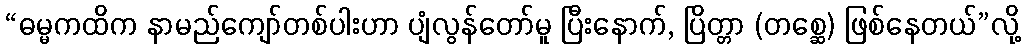
“ဓမ္မကထိက နာမည်ကျော်တစ်ပါးဟာ ပျံလွန်တော်မူ ပြီးနောက်, ပြိတ္တာ (တစ္ဆေ) ဖြစ်နေတယ်”လို့